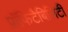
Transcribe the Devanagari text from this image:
प्रॉफिटैबिलिटी